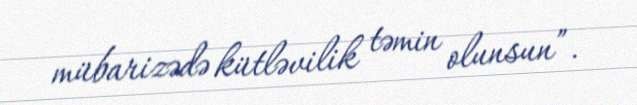
mübarizədə kütləvilik təmin olunsun”.